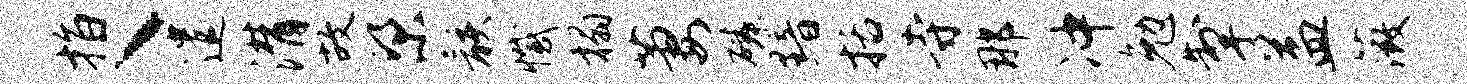
指丶遣潸故梁骸撼榻萋磷黯括寺那冲勉掣益薇